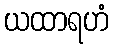
ယထာရဟံ